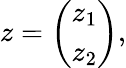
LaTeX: z=\left(\begin{array}{l}{z_{1}}\\ {z_{2}}\end{array}\right),